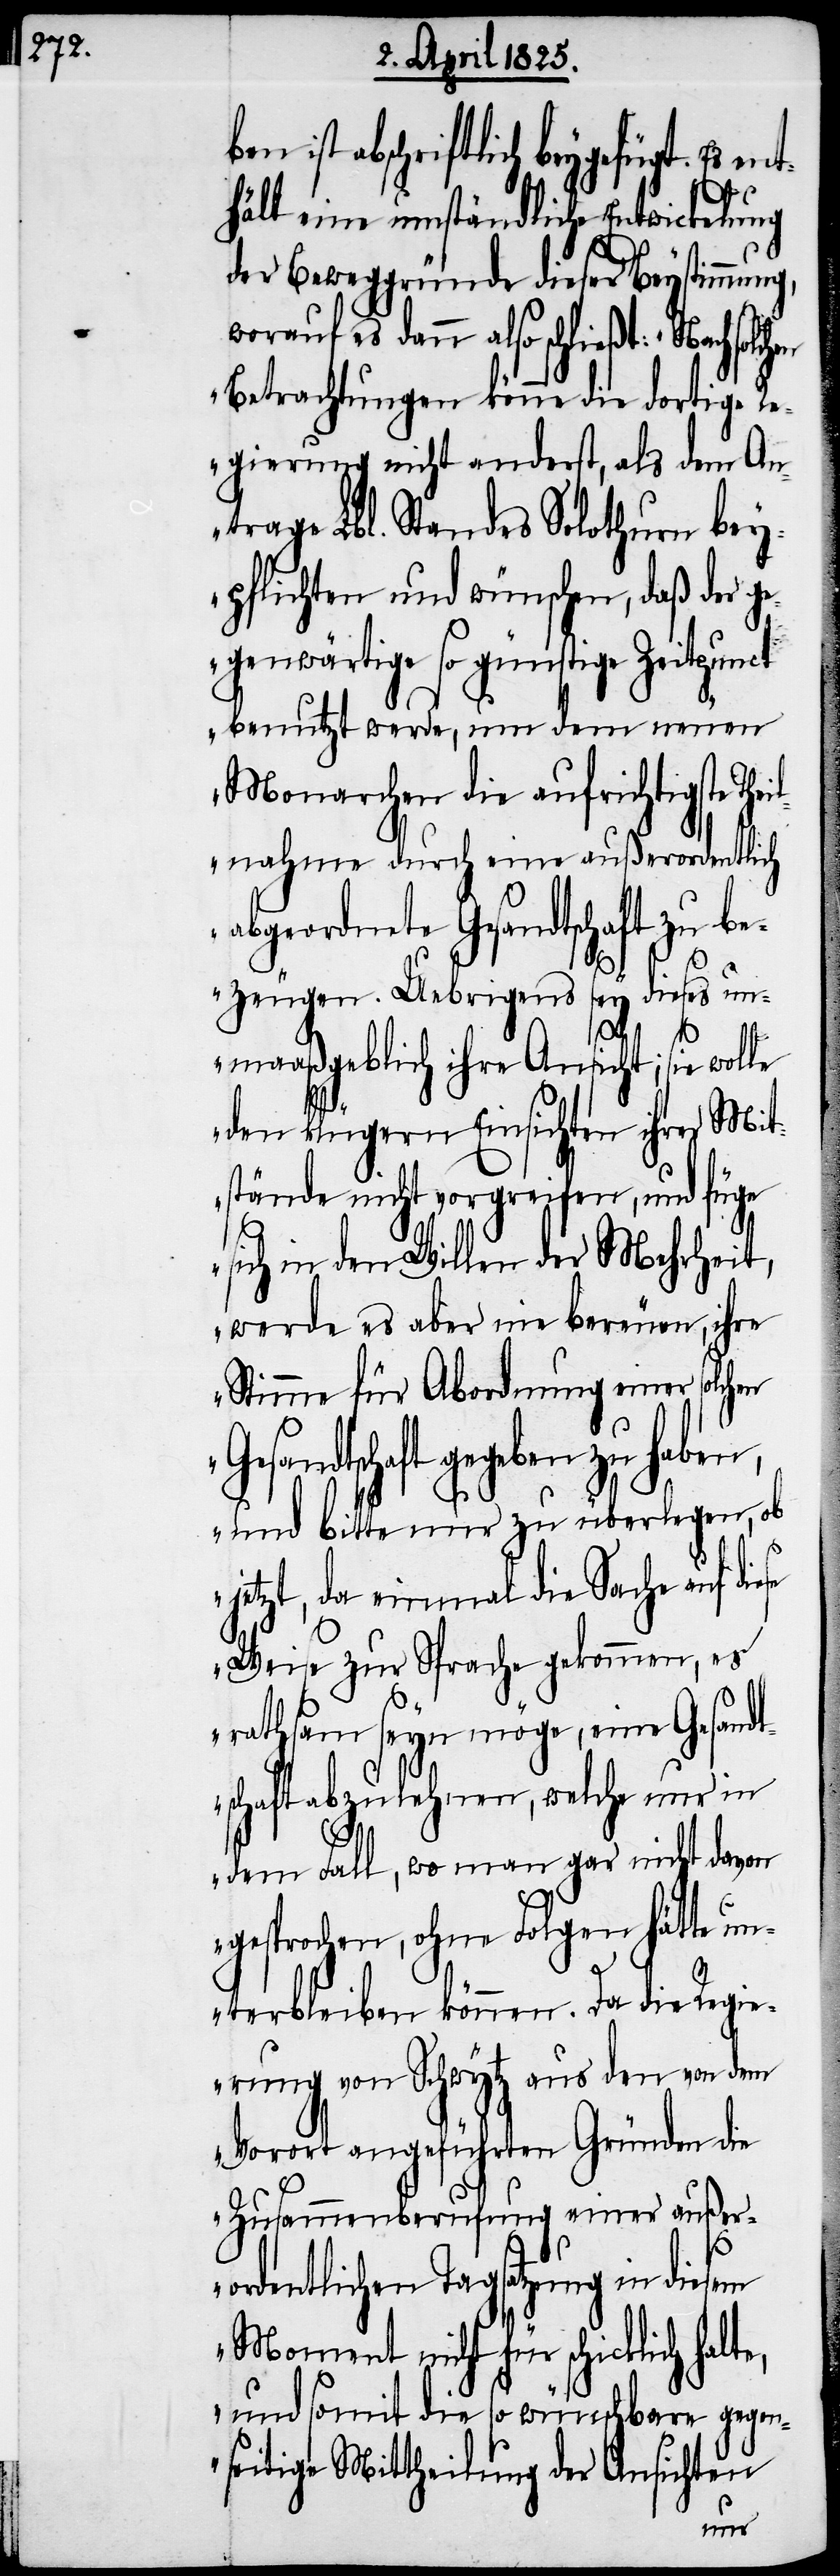
en ist abschriftlich beygefügt.
b¬
Es
hält eine umständliche Entwickelung
der Beweggründe dieser Beystimmung,
worauf es dann also schließt: „Nach
Betrachtungen könne die dortige R¬
egierung nicht anderst, als dem An¬
trage Lbl. Standes Solothurn bey¬
pflichten und wünschen, daß der ge¬
genwärtige so günstige Zeitpunct
benutzt werde, um dem neuen
Monarchen die aufrichtigste The¬
ilnahme durch eine außerordentlich
abgeordnete Gesandtschaft zu be¬
zeugen. Uebrigens sey dieses un¬
maaßgeblich ihre Ansicht; sie wolle
den klügern Einsichten ihrer Mit¬
stände nicht vorgreifen, und füge
sich in den Willen der Mehrheit,
werde es aber nie bereuen, ihre
Stimme für Abordnung einer solchen
Gesandtschaft gegeben
und bitte nur zu überlegen, ob
jetzt, da einmal die Sache auf di¬
Weise zur Sprache gekommen, es
rathsam seyn möge, eine Gesandt¬
schaft abzulehnen, welche nur in
dem Fall, wo man gar nicht davon
gesprochen, ohne Folgen hätte un¬
terbleiben können. Da die Regie¬
rung von Schwytz aus den von dem
Vorort angeführten Gründen die
Zusammenberufung einer außero¬
rdentlichen Tagsatzung in
Moment nicht für schicklich hal¬
und somit die so wünschbare gegen¬
seitige Mittheilung der Ansichten
te,